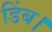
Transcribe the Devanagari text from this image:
डिंब।